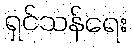
ရှင်သန်ရေး